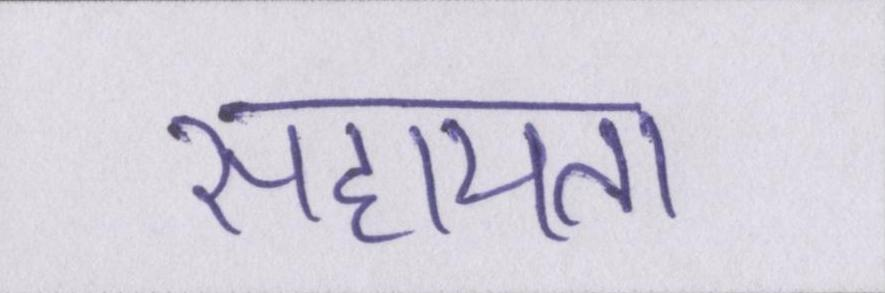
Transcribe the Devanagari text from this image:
सहायता